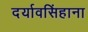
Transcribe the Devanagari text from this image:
दर्यावसिंहाना